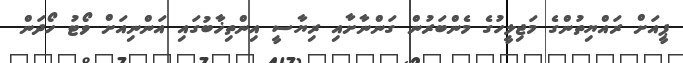
ޕީއަށް ރައްޔިތުންގެ މަޖިލީހުގެ މެންބަރުން ގަންނާށާއި ރިޔާސީ އިންތިޚާބުގައި އަންނިއަށް ވޯޓު ހޯދަން